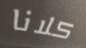
كلانا